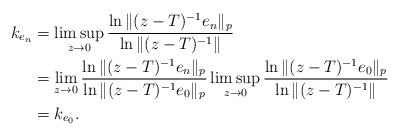
LaTeX: \begin{align*}k_{e_{n}}&=\limsup_{z\rightarrow 0}\frac{\ln\|(z-T)^{-1}e_{n}\|_{p}}{\ln\|(z-T)^{-1}\|}\\&=\lim_{z\rightarrow 0}\frac{\ln\|(z-T)^{-1}e_{n}\|_{p}}{\ln\|(z-T)^{-1}e_{0}\|_p}\limsup_{z\rightarrow 0}\frac{\ln\|(z-T)^{-1}e_{0}\|_{p}}{\ln\|(z-T)^{-1}\|}\\&=k_{e_{0}}.\end{align*}